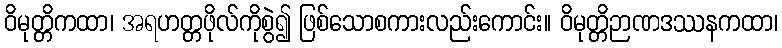
ဝိမုတ္တိကထာ၊ အရဟတ္တဖိုလ်ကိုစွဲ၍ ဖြစ်သောစကားလည်းကောင်း။ ဝိမုတ္တိဉာဏဒဿနကထာ၊